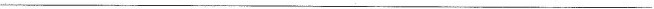
___